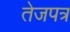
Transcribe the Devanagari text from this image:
तेजपत्र